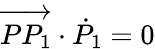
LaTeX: \overrightarrow{PP_{1}}\cdot{\dot{P}}_{1}=0